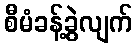
စီမံခန့်ခွဲလျက်